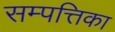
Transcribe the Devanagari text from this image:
सम्पत्तिका